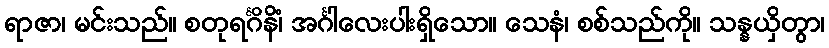
ရာဇာ၊ မင်းသည်။ စတုရင်္ဂိနိံ၊ အင်္ဂါလေးပါးရှိသော။ သေနံ၊ စစ်သည်ကို။ သန္နယှိတွာ၊